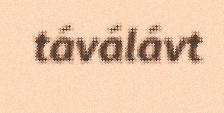
táválávt